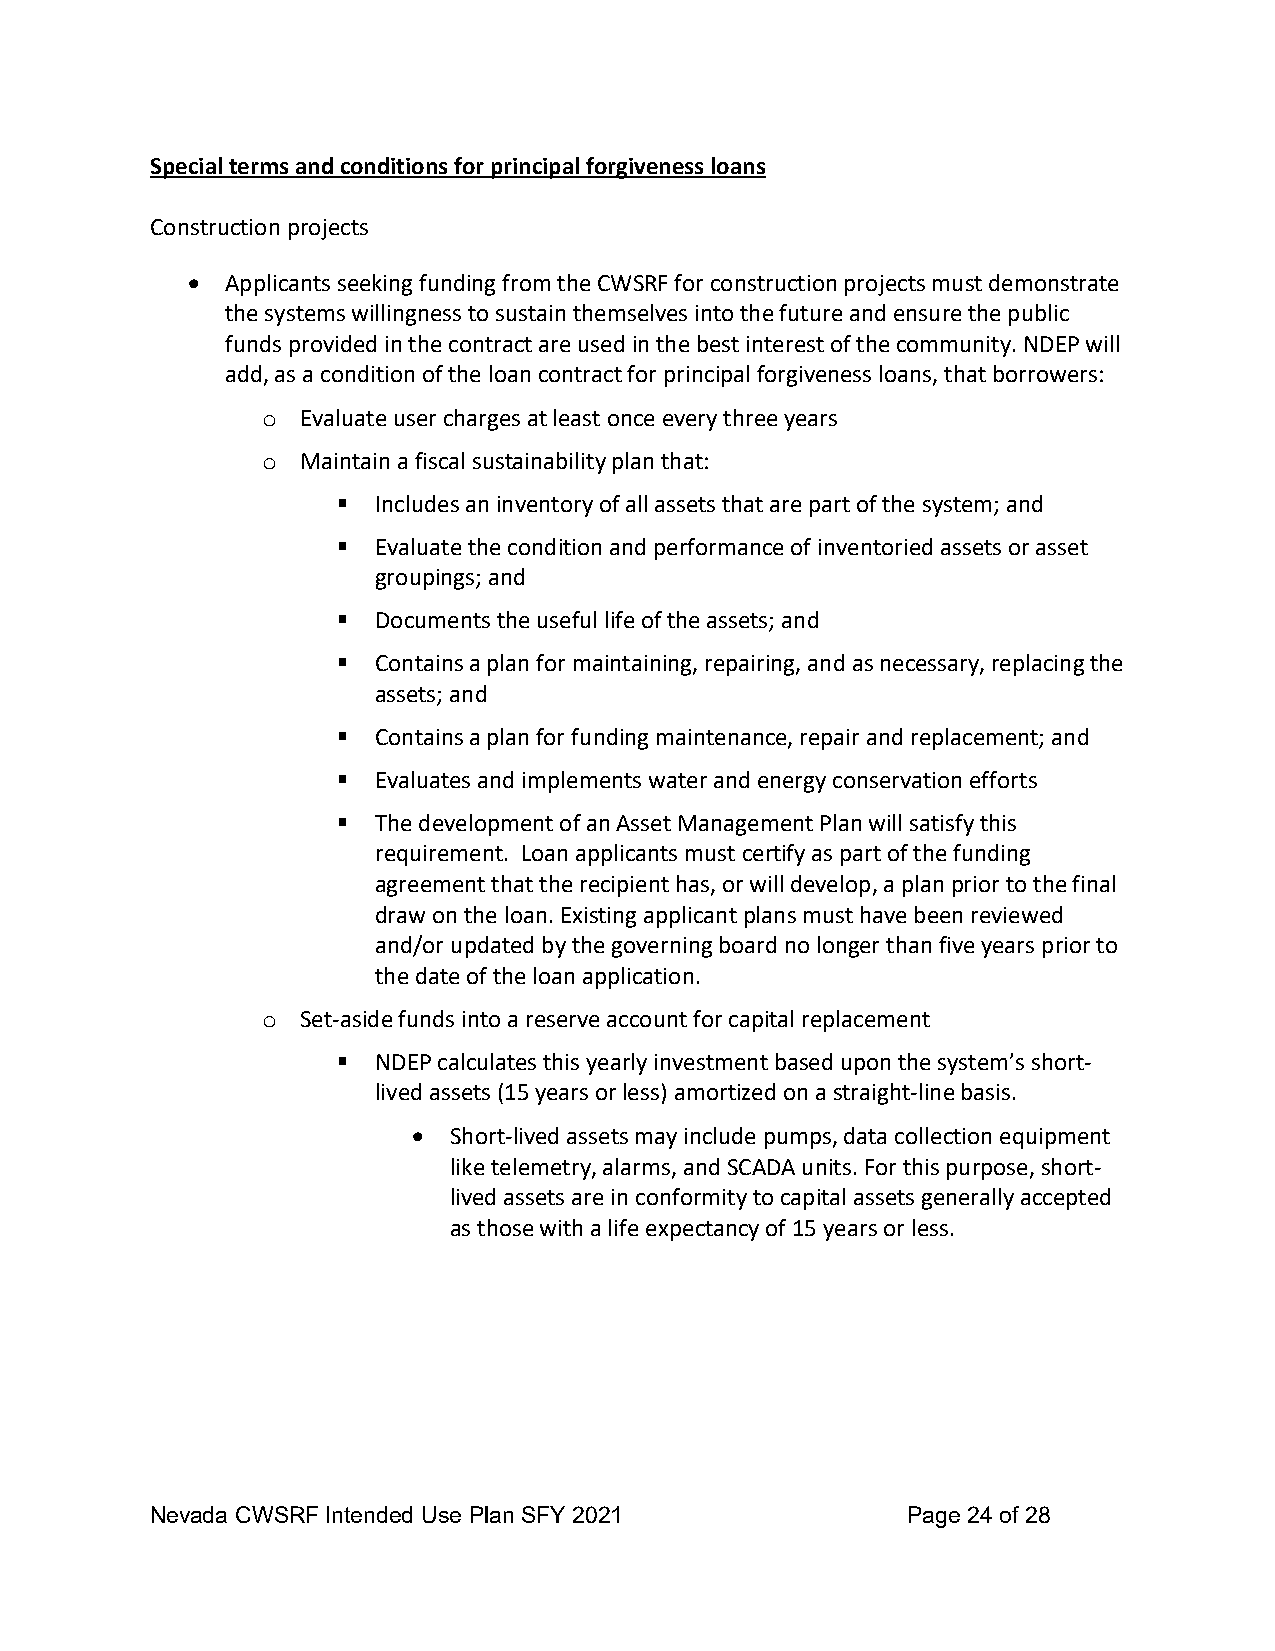
Special terms and conditions for principal forgiveness loans
 Construction projects
 •  Applicants seeking funding from the CWSRF for construction projects must demonstrate
 the systems willingness to sustain themselves into the future and ensure the public
 funds provided in the contract are used in the best interest of the community. NDEP will
 add, as a condition of the loan contract for principal forgiveness loans, that borrowers:
 Evaluate user charges at least once every three years
 o
 Maintain a fiscal sustainability plan that:
 o
   Includes an inventory of all assets that are part of the system; and
   Evaluate the condition and performance of inventoried assets or asset
 groupings; and
   Documents the useful life of the assets; and
   Contains a plan for maintaining, repairing, and as necessary, replacing the
 assets; and
   Contains a plan for funding maintenance, repair and replacement; and
   Evaluates and implements water and energy conservation efforts
   The development of an Asset Management Plan will satisfy this
 requirement. Loan applicants must certify as part of the funding
 agreement that the recipient has, or will develop, a plan prior to the final
 draw on the loan. Existing applicant plans must have been reviewed
 and/or updated by the governing board no longer than five years prior to
 the date of the loan application.
 Set-aside funds into a reserve account for capital replacement
 o
   NDEP calculates this yearly investment based upon the system’s short-
 lived assets (15 years or less) amortized on a straight-line basis.
 •  Short-lived assets may include pumps, data collection equipment
 like telemetry, alarms, and SCADA units. For this purpose, short-
 lived assets are in conformity to capital assets generally accepted
 as those with a life expectancy of 15 years or less.
 Nevada CWSRF Intended Use Plan SFY 2021           Page 24 of 28